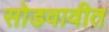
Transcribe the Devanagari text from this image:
सोडवावीत